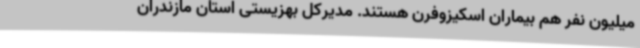
میلیون نفر هم بیماران اسکیزوفرن هستند. مدیرکل بهزیستی استان مازندران